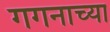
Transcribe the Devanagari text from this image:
गगनाच्या